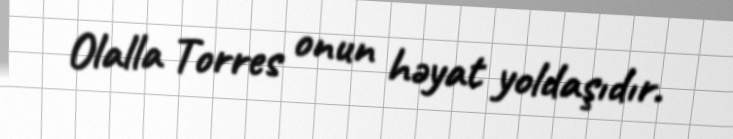
Olalla Torres onun həyat yoldaşıdır.